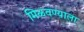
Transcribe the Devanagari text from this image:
मिळवण्याला